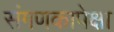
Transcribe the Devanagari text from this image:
संगणकापेक्षा